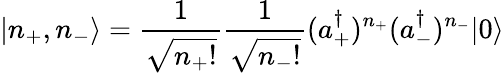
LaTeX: |n_{+},n_{-}\rangle=\frac{1}{\sqrt{n_{+}!}}\frac{1}{\sqrt{n_{-}!}}(a_{+}^{\dagger})^{n_{+}}(a_{-}^{\dagger})^{n_{-}}|0\rangle